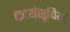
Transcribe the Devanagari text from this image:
कार्यसूचियों